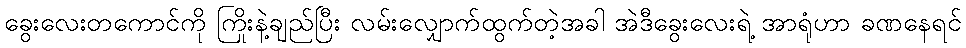
ခွေးလေးတကောင်ကို ကြိုးနဲ့ချည်ပြီး လမ်းလျှောက်ထွက်တဲ့အခါ အဲဒီခွေးလေးရဲ့ အာရုံဟာ ခဏနေရင်